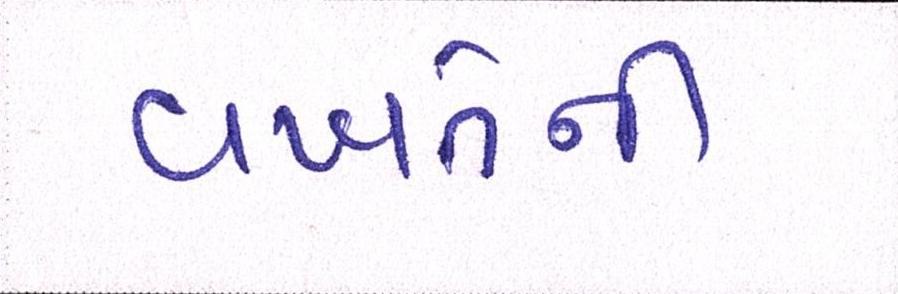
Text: વખતેની